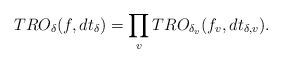
LaTeX: \begin{align*}TRO_{\delta}(f,dt_{\delta})=\prod_vTRO_{\delta_v}(f_v,dt_{\delta,v}).\end{align*}